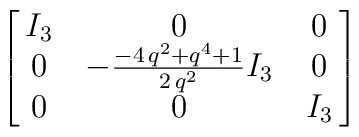
\left[\matrix{I_3 & 0 & 0 \cr0 &-{\frac {-4\,{q}^{2}+{q}^{4}+1}{2\,{q}^{2}}}I_3 &0 \cr  0 & 0 & I_3}\right]\